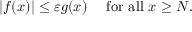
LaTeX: | f ( x ) | \leq \varepsilon g ( x ) \quad { \mathrm { ~ f o r ~ a l l ~ } } x \geq N .